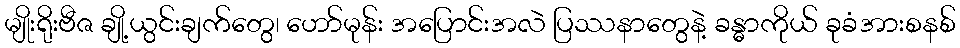
မျိုးရိုးဗီဇ ချို့ယွင်းချက်တွေ၊ ဟော်မုန်း အပြောင်းအလဲ ပြဿနာတွေနဲ့ ခန္ဓာကိုယ် ခုခံအားစနစ်